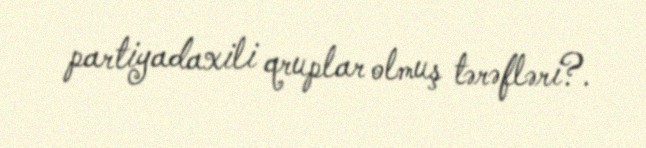
partiyadaxili qruplar olmuş tərəfləri?.